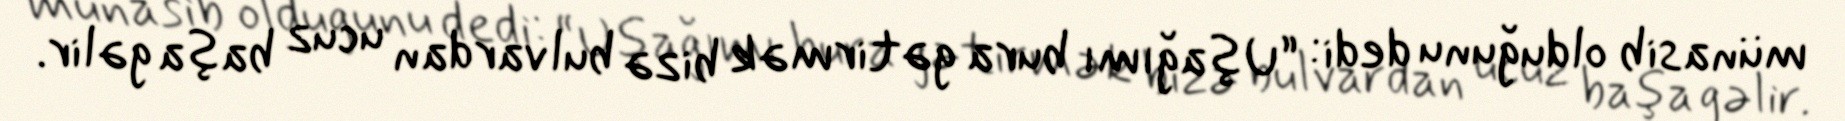
münasib olduğunu dedi: “Uşağımı bura gətirmək bizə bulvardan ucuz başa gəlir.